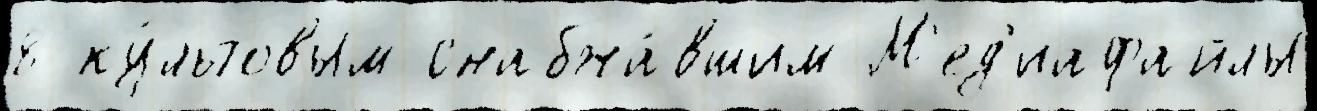
8 ку́льтовым снабжа́вшим М'ед'иафайлы